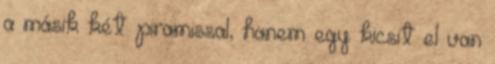
a másik két piramissal, hanem egy kicsit el van